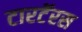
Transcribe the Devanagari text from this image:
टारटॅरस